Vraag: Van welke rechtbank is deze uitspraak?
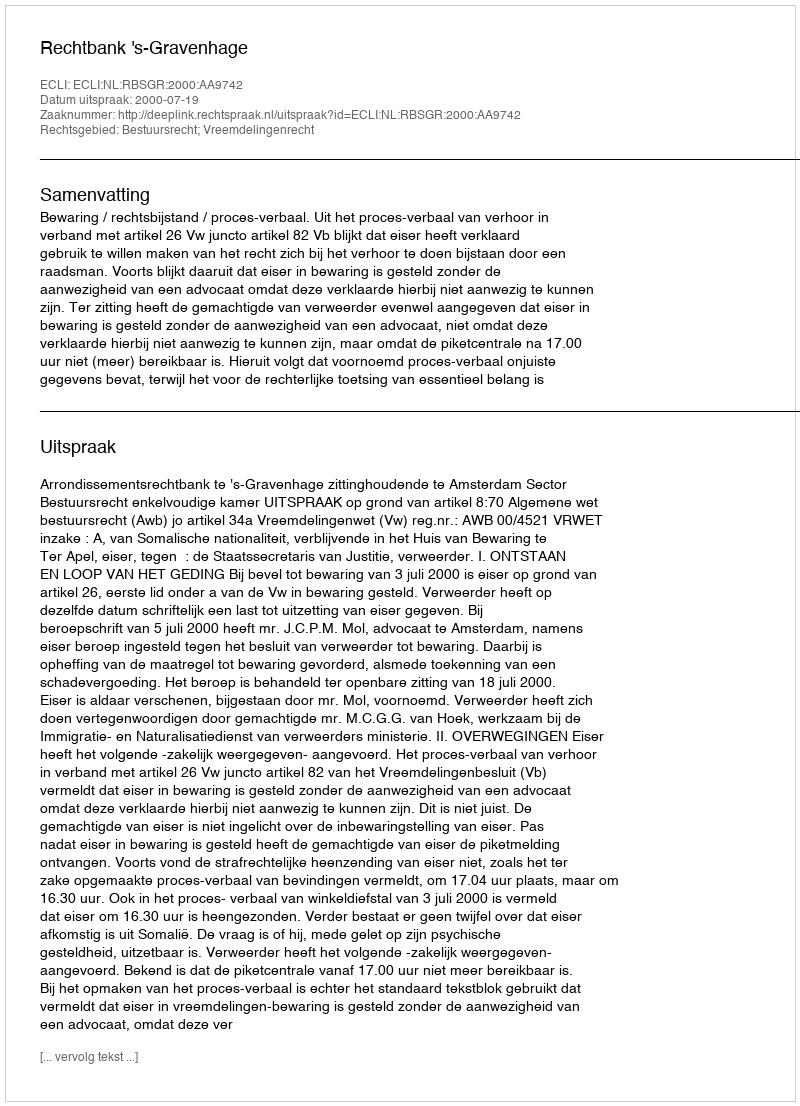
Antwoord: Rechtbank 's-Gravenhage